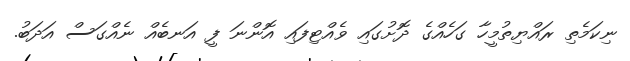
ނިކަމެތި ރައްޔިތުމީހާ ގަހެއްގެ ދޮށުގައި ވެއްޓިފައި އޮންނަ ފީ އަނބެއް ނެއްގަސް އަދަބު.